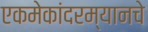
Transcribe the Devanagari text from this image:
एकमेकांदरम्यानचे